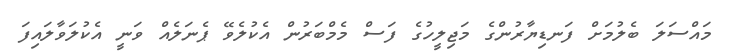
މައްސަަލަ ބެލުމަށް ފަނޑިޔާރުންގެ މަޖިލީހުގެ ފަސް މެމްބަރުން އެކުލެވޭ ޕެނަލެއް ވަނީ އެކުލަވާލައިފަ